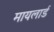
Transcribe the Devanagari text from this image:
मायलार्ड